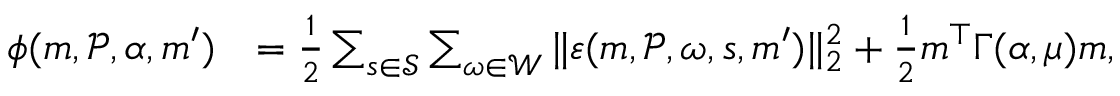
\begin{array} { r l } { \phi ( \boldsymbol { m } , \mathcal { P } , \alpha , \boldsymbol { m } ^ { \prime } ) } & { = \frac 1 2 \sum _ { s \in \mathcal { S } } \sum _ { \omega \in \mathcal { W } } \Vert \boldsymbol { \varepsilon } ( \boldsymbol { m } , \mathcal { P } , \omega , s , \boldsymbol { m } ^ { \prime } ) \Vert _ { 2 } ^ { 2 } + \frac { 1 } { 2 } \boldsymbol { m } ^ { \top } \Gamma ( \alpha , \mu ) \boldsymbol { m } , } \end{array}